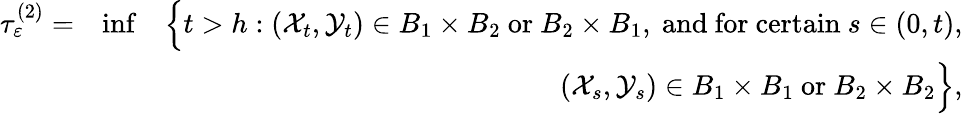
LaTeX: \begin{array}{rlr}{\tau_{\varepsilon}^{(2)}=}&{\operatorname*{inf}}&{\Big\{ t>h:({\mathcal X}_{t},{\mathcal Y}_{t})\in B_{1}\times B_{2}\ \mathrm{or}\ B_{2}\times B_{1},\ \mathrm{and~for~certain}\ s\in(0,t),}\\ &{}&{({\mathcal X}_{s},{\mathcal Y}_{s})\in B_{1}\times B_{1}\ \mathrm{or}\ B_{2}\times B_{2}\Big\} ,}\end{array}